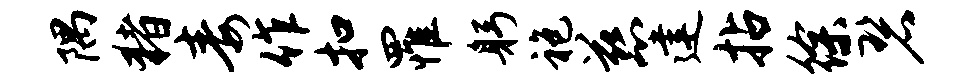
隅猪毒作扣罹躬袍慈建拈徐碧